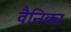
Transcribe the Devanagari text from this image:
वैनिका